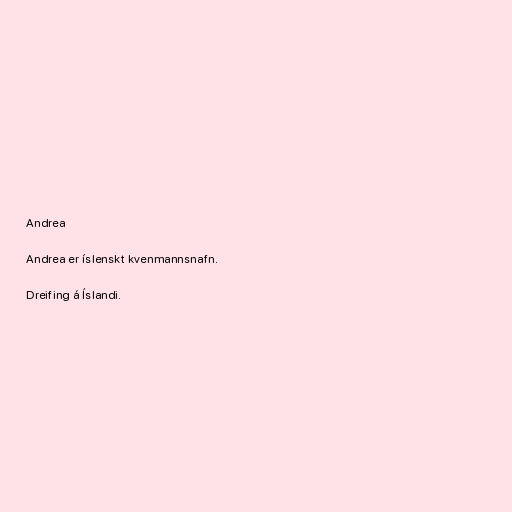
Andrea

Andrea er íslenskt kvenmannsnafn.

Dreifing á Íslandi.